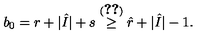
b _ { 0 } = r + | \hat { I } | + s \stackrel { ( \ref { l : l i 0 } ) } { \geq } \hat { r } + | \hat { I } | - 1 .